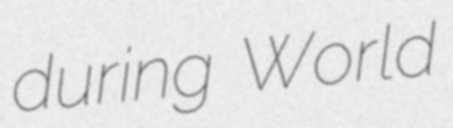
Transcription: during World